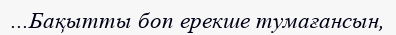
...Бақытты боп ерекше тумағансын,